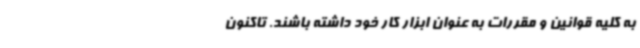
به کلیه قوانین و مقررات به عنوان ابزار کار خود داشته باشند. تاکنون